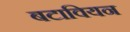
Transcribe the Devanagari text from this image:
बटावियन